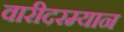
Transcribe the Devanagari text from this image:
वारीदरम्यान